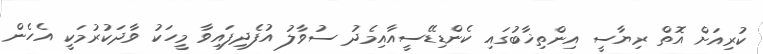
ކުރިއަށް އޮތް ރިޔާސީ އިންތިޚާބުގައި ކެންޑިޑޭސީއާއިމެދު ސުވާލު އުފެދިފައިވާ މީހަކު ވާދަކުރުމަކީ އެހެން